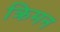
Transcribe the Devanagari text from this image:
क्रिमन